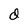
Character: d